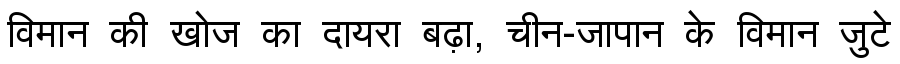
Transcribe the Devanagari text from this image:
विमान की खोज का दायरा बढ़ा, चीन-जापान के विमान जुटे